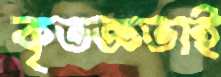
কৃতজ্ঞতাই